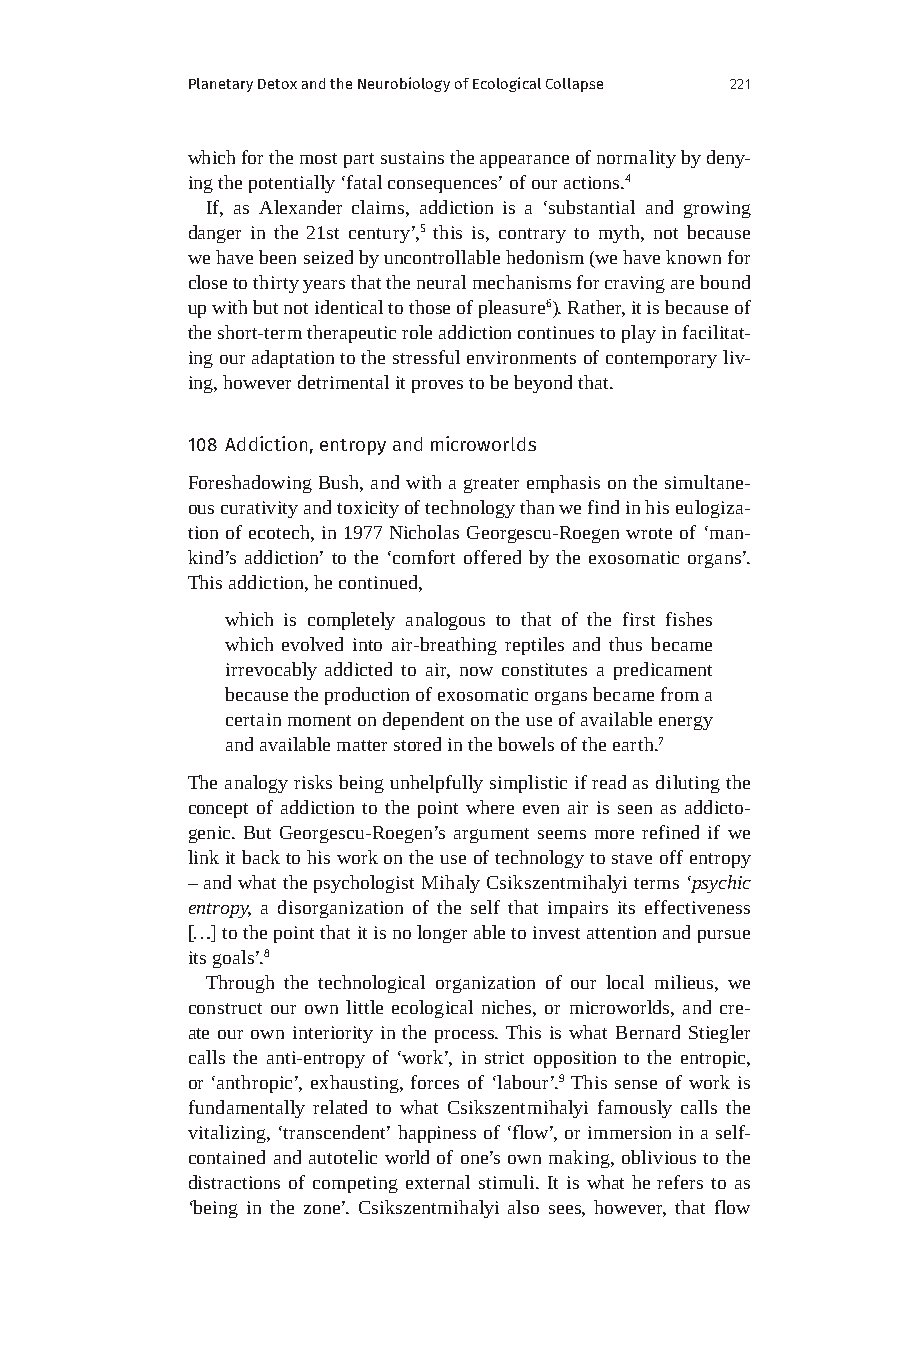
Planetary Detox and the Neurobiology of Ecological Collapse 221
 which for the most part sustains the appearance of normality by deny-
 ing the potentially ‘fatal consequences’ of our actions.4
 If, as Alexander claims, addiction is a ‘substantial and growing
 danger in the 21st century’,5 this is, contrary to myth, not because
 we have been seized by uncontrollable hedonism (we have known for
 close to thirty years that the neural mechanisms for craving are bound
 up with but not identical to those of pleasure6). Rather, it is because of
 the short-term therapeutic role addiction continues to play in facilitat-
 ing our adaptation to the stressful environments of contemporary liv-
 ing, however detrimental it proves to be beyond that.
 108 Addiction, entropy and microworlds
 Foreshadowing Bush, and with a greater emphasis on the simultane-
 ous curativity and toxicity of technology than we find in his eulogiza-
 tion of ecotech, in 1977 Nicholas Georgescu-Roegen wrote of ‘man-
 kind’s addiction’ to the ‘comfort offered by the exosomatic organs’.
 This addiction, he continued,
 which is completely analogous to that of the first fishes
 which evolved into air-breathing reptiles and thus became
 irrevocably addicted to air, now constitutes a predicament
 because the production of exosomatic organs became from a
 certain moment on dependent on the use of available energy
 and available matter stored in the bowels of the earth.7
 The analogy risks being unhelpfully simplistic if read as diluting the
 concept of addiction to the point where even air is seen as addicto-
 genic. But Georgescu-Roegen’s argument seems more refined if we
 link it back to his work on the use of technology to stave off entropy
 – and what the psychologist Mihaly Csikszentmihalyi terms ‘psychic
 entropy, a disorganization of the self that impairs its effectiveness
 […] to the point that it is no longer able to invest attention and pursue
 its goals’.8
 Through the technological organization of our local milieus, we
 construct our own little ecological niches, or microworlds, and cre-
 ate our own interiority in the process. This is what Bernard Stiegler
 calls the anti-entropy of ‘work’, in strict opposition to the entropic,
 or ‘anthropic’, exhausting, forces of ‘labour’.9 This sense of work is
 fundamentally related to what Csikszentmihalyi famously calls the
 vitalizing, ‘transcendent’ happiness of ‘flow’, or immersion in a self-
 contained and autotelic world of one’s own making, oblivious to the
 distractions of competing external stimuli. It is what he refers to as
 ‘being in the zone’. Csikszentmihalyi also sees, however, that flow